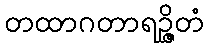
တထာဂတာရဉ္ဇိတံ